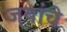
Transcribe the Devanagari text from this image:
जयांचे